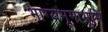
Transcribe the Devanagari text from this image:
भाग्यभूमाभूमि